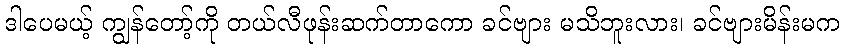
ဒါပေမယ့် ကျွန်တော့်ကို တယ်လီဖုန်းဆက်တာကော ခင်ဗျား မသိဘူးလား၊ ခင်ဗျားမိန်းမက